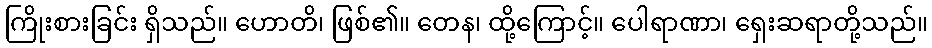
ကြိုးစားခြင်း ရှိသည်။ ဟောတိ၊ ဖြစ်၏။ တေန၊ ထို့ကြောင့်။ ပေါရာဏာ၊ ရှေးဆရာတို့သည်။